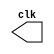
// ------------------------- 
// Exemplo0041 - CLOCK
// Nome: Oswaldo Oliveira Paulino
// ------------------------- 

// ---------------------------
// -- test clock generator (1)
// ---------------------------

module clock ( clk );
output clk;
reg    clk;
initial
  begin
   clk = 1'b0;
  end
always
  begin
   #12 clk = ~clk;
  end
endmodule // clock ( )

module Exemplo0041;
wire  clk;
clock CLK1 ( clk );
initial begin
  $dumpfile ( "Exemplo0041.vcd" );
  $dumpvars;
#120 $finish;
end
endmodule // Exemplo041 ( )